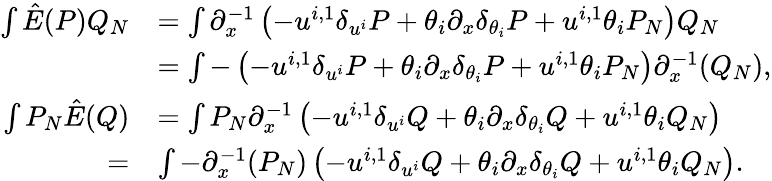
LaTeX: \begin{array}{rl}{\int\hat{E}(P)Q_{N}}&{=\int\partial_{x}^{-1}\left(-u^{i,1}{\delta}_{u^{i}}P+\theta_{i}\partial_{x}{\delta}_{\theta_{i}}P+u^{i,1}\theta_{i}P_{N}\right)Q_{N}}\\ &{=\int-\left(-u^{i,1}{\delta}_{u^{i}}P+\theta_{i}\partial_{x}{\delta}_{\theta_{i}}P+u^{i,1}\theta_{i}P_{N}\right)\partial_{x}^{-1}(Q_{N}),}\\ {\int P_{N}\hat{E}(Q)}&{=\int P_{N}\partial_{x}^{-1}\left(-u^{i,1}{\delta}_{u^{i}}Q+\theta_{i}\partial_{x}{\delta}_{\theta_{i}}Q+u^{i,1}\theta_{i}Q_{N}\right)}\\ {=}&{\int-\partial_{x}^{-1}(P_{N})\left(-u^{i,1}{\delta}_{u^{i}}Q+\theta_{i}\partial_{x}{\delta}_{\theta_{i}}Q+u^{i,1}\theta_{i}Q_{N}\right).}\end{array}